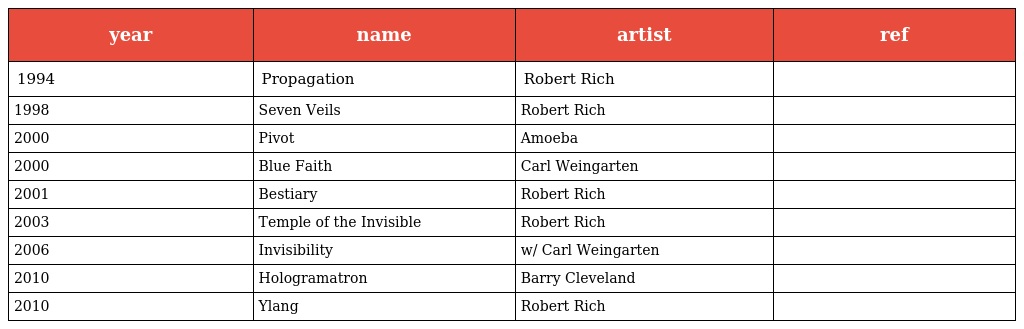
| year | name | artist | ref |
 | --- | --- | --- | --- |
 | 1994 | Propagation | Robert Rich |  |
 | 1998 | Seven Veils | Robert Rich |  |
 | 2000 | Pivot | Amoeba |  |
 | 2000 | Blue Faith | Carl Weingarten |  |
 | 2001 | Bestiary | Robert Rich |  |
 | 2003 | Temple of the Invisible | Robert Rich |  |
 | 2006 | Invisibility | w/ Carl Weingarten |  |
 | 2010 | Hologramatron | Barry Cleveland |  |
 | 2010 | Ylang | Robert Rich |  |